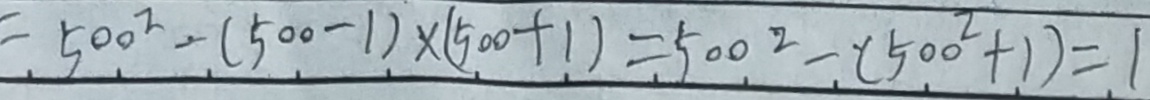
= 5 0 0 ^ { 2 } - ( 5 0 0 - 1 ) \times ( 5 0 0 + 1 ) = 5 0 0 ^ { 2 } - ( 5 0 0 ^ { 2 } + 1 ) = 1